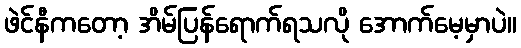
ဖဲင်နီကတော့ အိမ်ပြန်ရောက်ရသလို အောက်မေ့မှာပဲ။